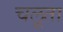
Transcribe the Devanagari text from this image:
चलूता